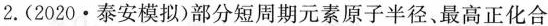
2.(2020·泰安模拟)部分短周期元素原子半径、最高正化合